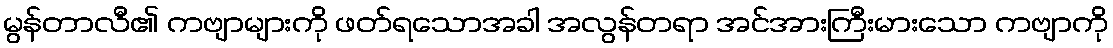
မွန်တာလီ၏ ကဗျာများကို ဖတ်ရသောအခါ အလွန်တရာ အင်အားကြီးမားသော ကဗျာကို